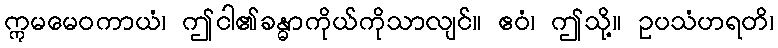
ဣမမေဝကာယံ၊ ဤငါ၏ခန္ဓာကိုယ်ကိုသာလျင်။ ဧဝံ၊ ဤသို့။ ဥပသံဟရတိ၊